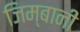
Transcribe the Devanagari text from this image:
जिम्बानी